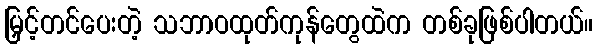
မြှင့်တင်ပေးတဲ့ သဘာဝထုတ်ကုန်တွေထဲက တစ်ခုဖြစ်ပါတယ်။